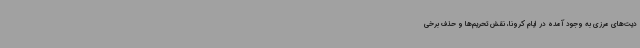
دیت‌های مرزی به وجود آمده در ایام کرونا، نقش تحریم‌ها و حذف برخی